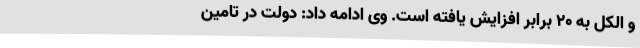
و الکل به 20 برابر افزایش یافته است. وی ادامه داد: دولت در تامین